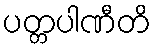
ပတ္တပါဏီတိ